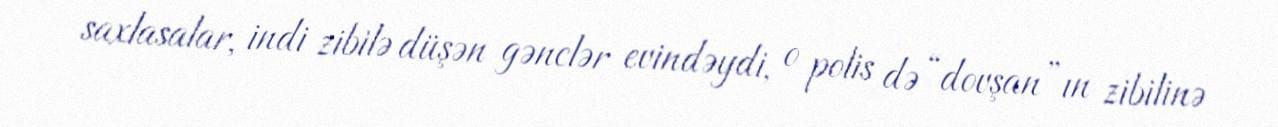
saxlasalar, indi zibilə düşən gənclər evindəydi, o polis də “dovşan”ın zibilinə